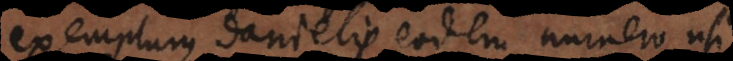
exemplum Danielis eodem numero usi.